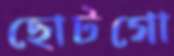
ছোটগো